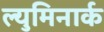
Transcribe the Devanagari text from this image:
ल्युमिनार्क